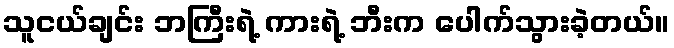
သူငယ်ချင်း ဘကြီးရဲ့ ကားရဲ့ ဘီးက ပေါက်သွားခဲ့တယ်။